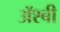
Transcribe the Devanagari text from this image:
ॲश्बी